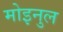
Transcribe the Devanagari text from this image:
मोइनुल